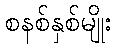
စနစ်နှစ်မျိုး